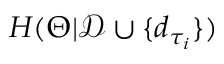
H ( \Theta | \mathcal { D } \cup \{ d _ { \tau _ { i } } \} )